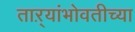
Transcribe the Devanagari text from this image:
ताऱ्यांभोवतीच्या